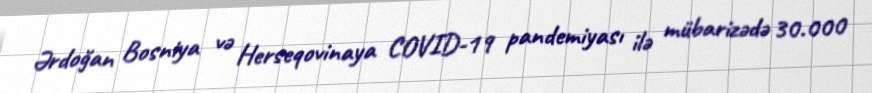
Ərdoğan Bosniya və Herseqovinaya COVID-19 pandemiyası ilə mübarizədə 30.000